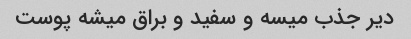
دیر جذب میسه و سفید و براق میشه پوست